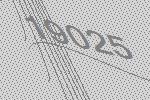
19025